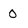
Character: 0